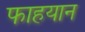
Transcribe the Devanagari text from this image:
फाहयान